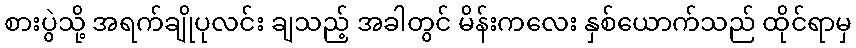
စားပွဲသို့ အရက်ချိုပုလင်း ချသည့် အခါတွင် မိန်းကလေး နှစ်ယောက်သည် ထိုင်ရာမှ